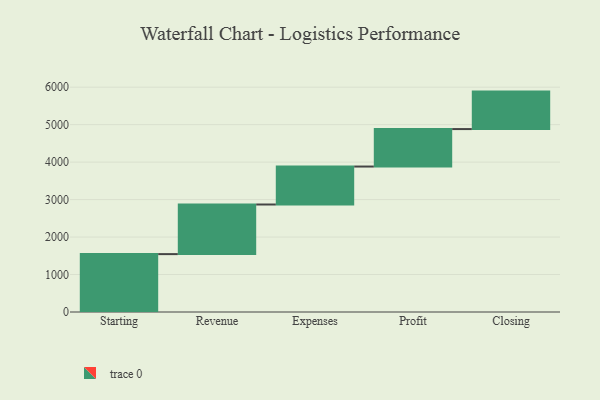
{"axis": {"x": "Step", "y": "Value"}, "legend": [""], "data": [{"x": "Starting", "y": 1545.0, "type": ""}, {"x": "Revenue", "y": 1324.0, "type": ""}, {"x": "Expenses", "y": 1013.0, "type": ""}, {"x": "Profit", "y": 1000, "type": ""}, {"x": "Closing", "y": 1000, "type": ""}]}